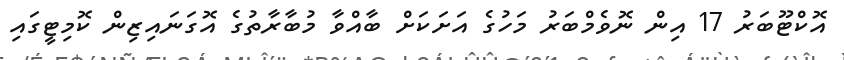
އޮކްޓޫބަރު 17 އިން ނޮވެމްބަރު މަހުގެ އަށަކަށް ބާއްވާ މުބާރާތުގެ އޮގަނައިޒިން ކޮމިޓީގައި